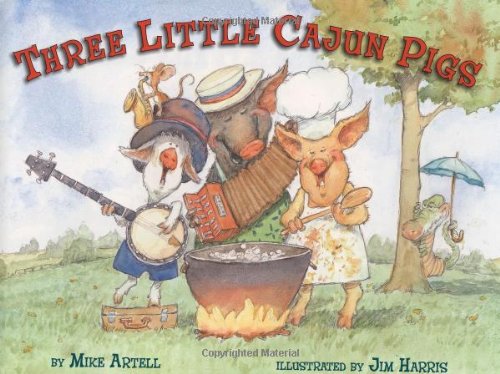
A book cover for Three Little Cajun Pigs; Mike Artell; Children's Books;